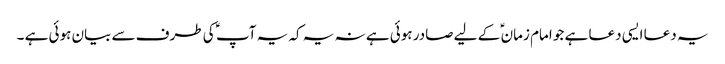
یہ دعا ایسی دعا ہے جو امام زمان ؑ کے لیے صادر ہوئی ہے نہ یہ کہ یہ آپ ؑ کی طرف سے بیان ہوئی ہے ۔